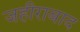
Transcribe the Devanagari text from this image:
जहीराबाद